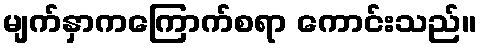
မျက်နှာကကြောက်စရာ ကောင်းသည်။